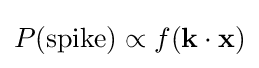
P({\textrm {spike}})\propto f(\mathbf {k} \cdot \mathbf {x} )